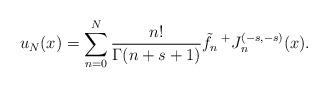
LaTeX: \begin{align*}u_N(x)=\sum_{n=0}^N \frac{n!}{\Gamma(n+s+1)}\tilde{f}_n \prescript{+}{}{J}_{n}^{(-s,-s)}(x).\end{align*}